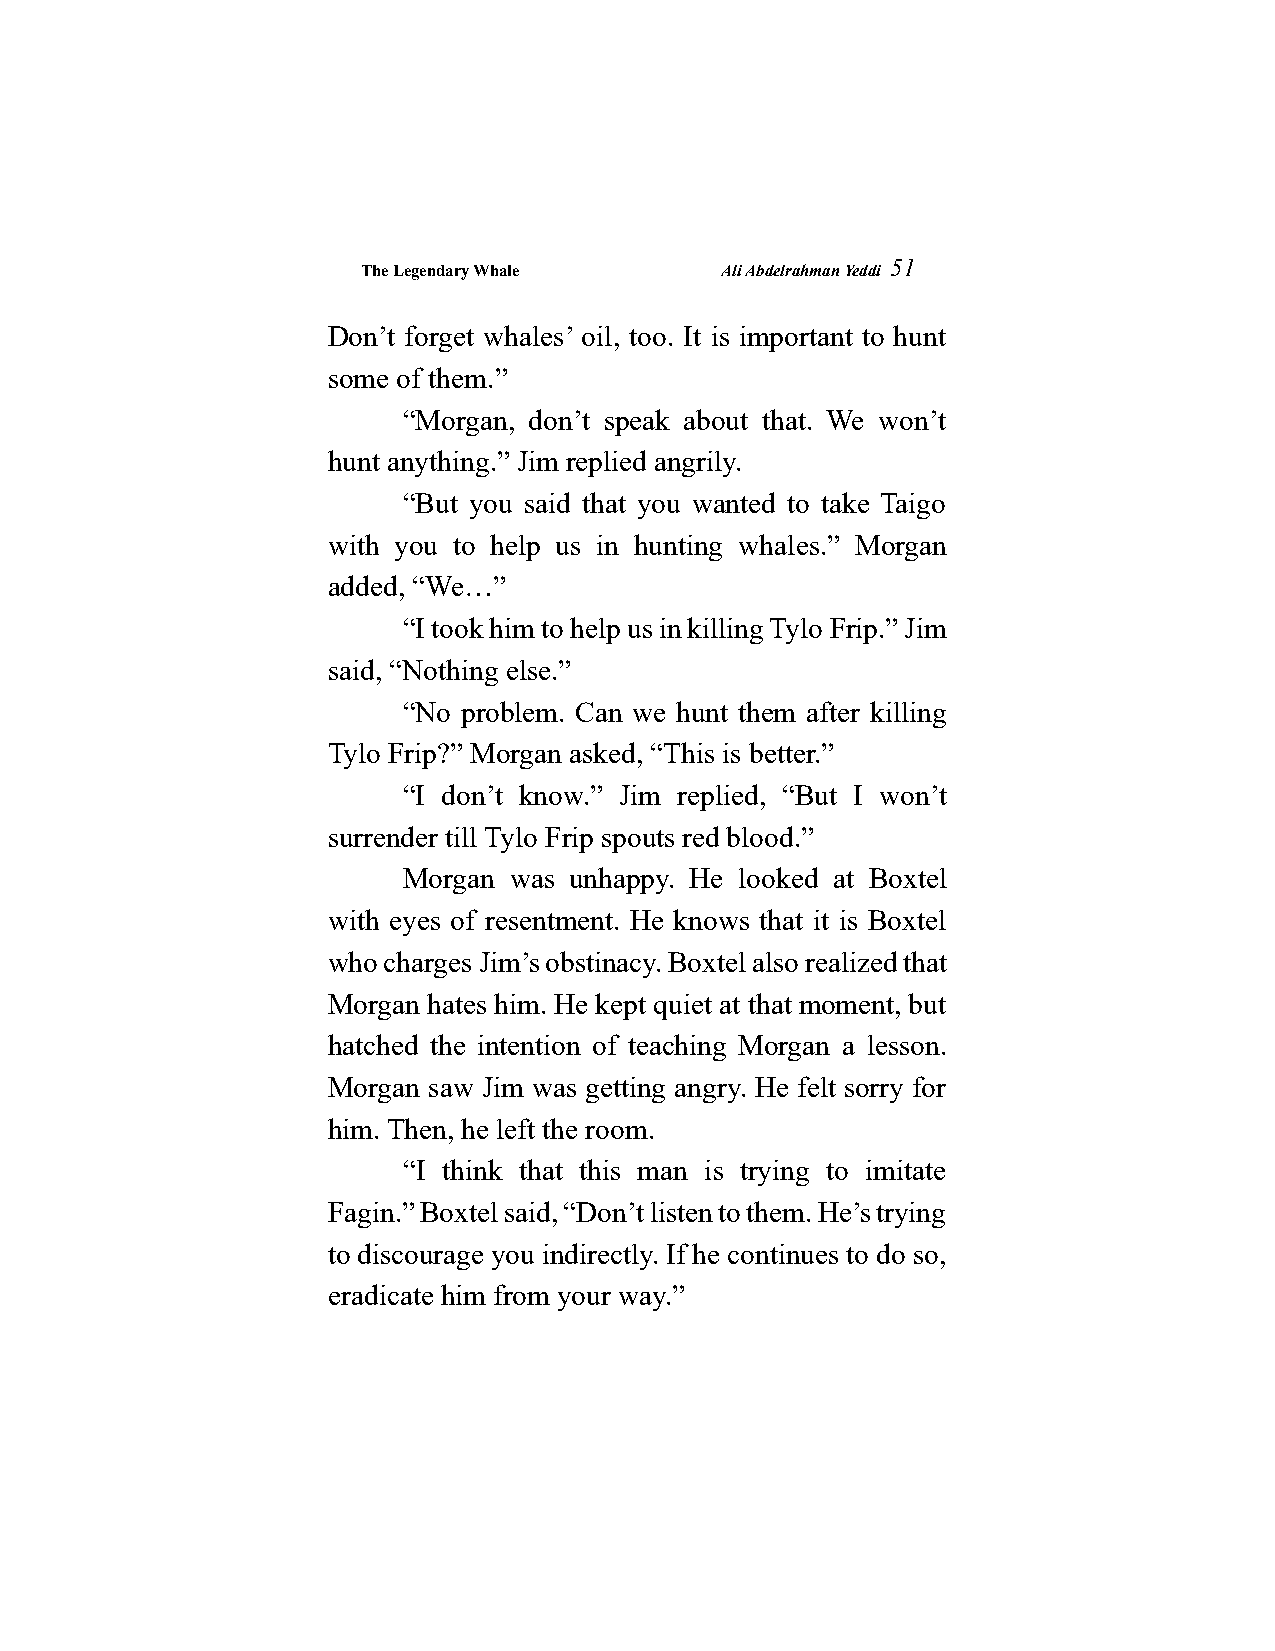
The Legendary Whale     Ali Abdelrahman Yeddi
 51
 Don’t forget whales’ oil, too. It is important to hunt
 some of them.”
 “Morgan, don’t speak about that. We won’t
 hunt anything.” Jim replied angrily.
 “But you said that you wanted to take Taigo
 with you to help us in hunting whales.” Morgan
 added, “We…”
 “I took him to help us in killing Tylo Frip.” Jim
 said, “Nothing else.”
 “No problem. Can we hunt them after killing
 Tylo Frip?” Morgan asked, “This is better.”
 “I don’t know.” Jim replied, “But I won’t
 surrender till Tylo Frip spouts red blood.”
 Morgan was unhappy. He looked at Boxtel
 with eyes of resentment. He knows that it is Boxtel
 who charges Jim’s obstinacy. Boxtel also realized that
 Morgan hates him. He kept quiet at that moment, but
 hatched the intention of teaching Morgan a lesson.
 Morgan saw Jim was getting angry. He felt sorry for
 him. Then, he left the room.
 “I think that this man is trying to imitate
 Fagin.” Boxtel said, “Don’t listen to them. He’s trying
 to discourage you indirectly. If he continues to do so,
 eradicate him from your way.”